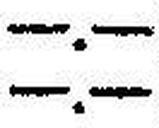
—.—